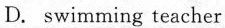
D. swimming teacher